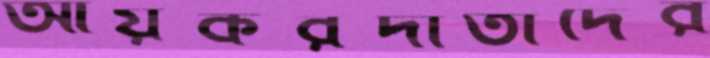
আয়করদাতাদের